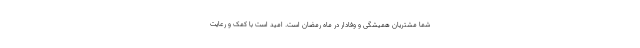
شما مشتریان همیشگی و وفادار در ماه رمضان است. امید است با کمک و رعایت